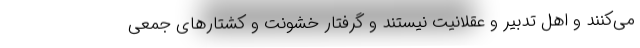
می‌کنند و اهل تدبیر و عقلانیت نیستند و گرفتار خشونت و کشتارهای جمعی